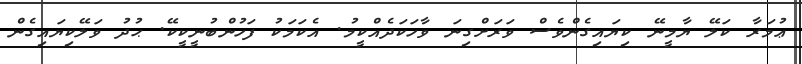
ޢުމަރާ ކަލޭ ޔާމީނޭ ކިޔައިގެންވެސް ވަރަށްގިނަ ވާހަކަދެއްކީމު. އެކަމަކު ފަހުންބުނީކީކޭ. ޙުދު ވަލޭކިޔައިގެން